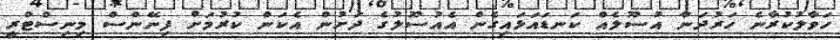
ހަވާލުކުރާނެ ހަރުދަނާ އުސޫލެއް ކަނޑައަޅައިގެން އެއުސޫލުގެ ދަށުން އެކަން ކުރުމަށް ފިނޭންސް މިނިސްޓްރީ